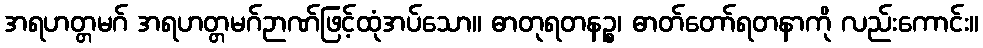
အရဟတ္တမဂ် အရဟတ္တမဂ်ဉာဏ်ဖြင့်ထုံအပ်သော။ ဓာတုရတနဉ္စ၊ ဓာတ်တော်ရတနာကို လည်းကောင်း။